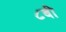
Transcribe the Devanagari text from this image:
८बी